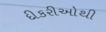
દીકરીઓથી